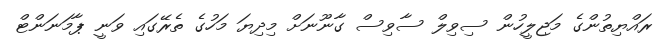
ރައްޔިތުންގެ މަޖިލީހުން ސިވިލް ސާވިސް ގާނޫނަށް މިދިޔަ މަހުގެ ތެރޭގައި ވަނީ ޕާމަނަންޓް